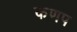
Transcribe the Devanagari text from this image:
कणप